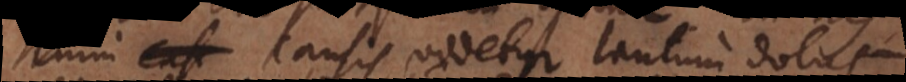
casi causis videtur tantum dolus